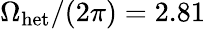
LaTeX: \Omega_{\mathrm{het}}/(2\pi)=2.81